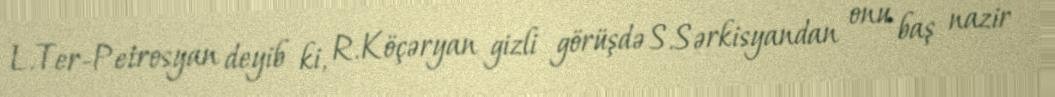
L.Ter-Petrosyan deyib ki, R.Köçəryan gizli görüşdə S.Sərkisyandan onu baş nazir